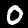
Digit: 0